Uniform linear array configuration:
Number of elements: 64
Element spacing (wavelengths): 0.5
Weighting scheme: exponential
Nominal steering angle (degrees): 0
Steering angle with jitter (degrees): -0.0589
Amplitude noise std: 0.05
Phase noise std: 0.05

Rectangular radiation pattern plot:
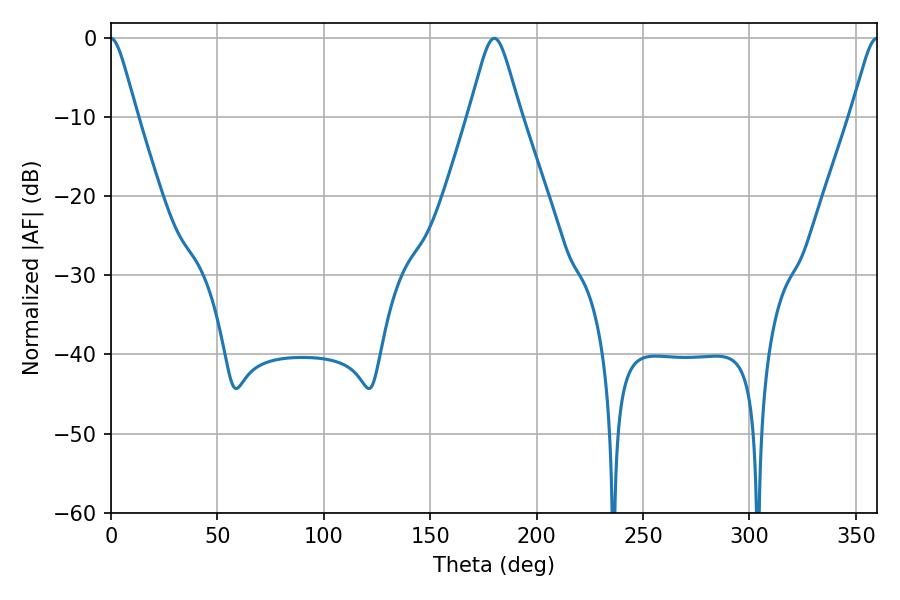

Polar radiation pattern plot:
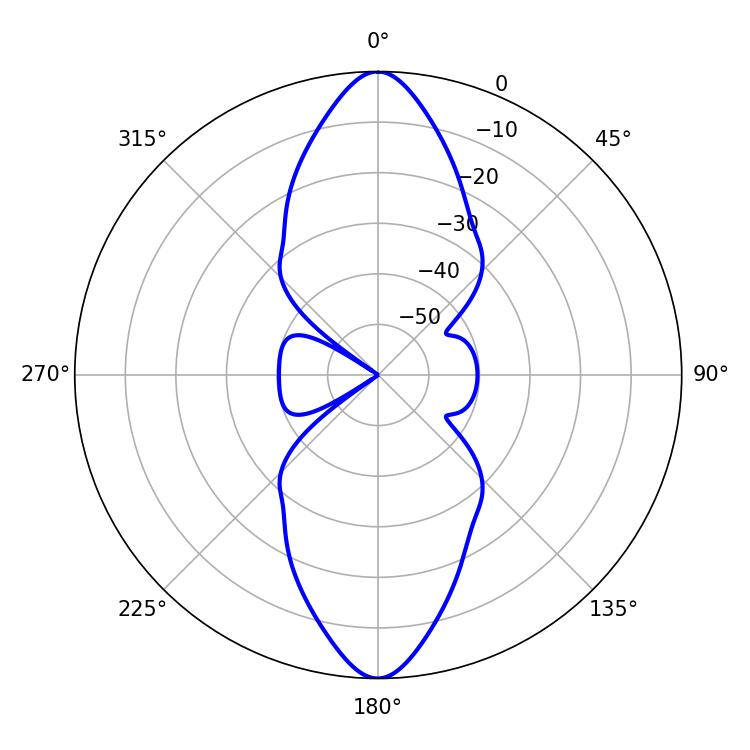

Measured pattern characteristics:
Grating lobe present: FALSE
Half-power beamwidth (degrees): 11.52
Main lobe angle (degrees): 180.18